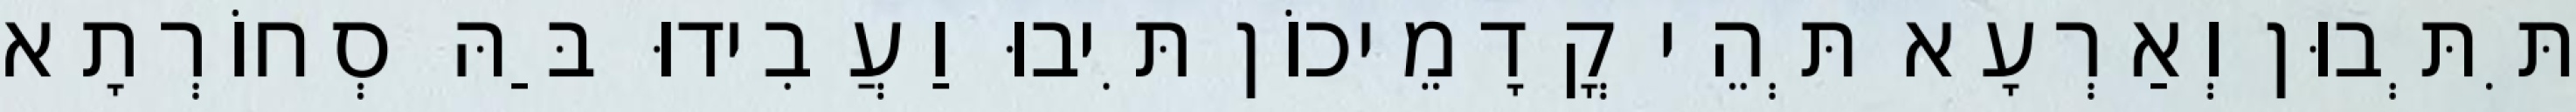
תִּתְּבוּן וְאַרְעָא תְּהֵי קֳדָמֵיכוֹן תִּיבוּ וַעֲבִידוּ בַּהּ סְחוֹרְתָא